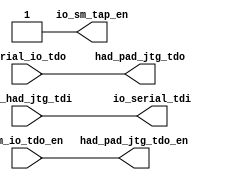
/*Copyright 2019-2021 T-Head Semiconductor Co., Ltd.

Licensed under the Apache License, Version 2.0 (the "License");
you may not use this file except in compliance with the License.
You may obtain a copy of the License at

    http://www.apache.org/licenses/LICENSE-2.0

Unless required by applicable law or agreed to in writing, software
distributed under the License is distributed on an "AS IS" BASIS,
WITHOUT WARRANTIES OR CONDITIONS OF ANY KIND, either express or implied.
See the License for the specific language governing permissions and
limitations under the License.
*/

// &ModuleBeg; @23
module ct_had_io(
  had_pad_jtg_tdo,
  had_pad_jtg_tdo_en,
  io_serial_tdi,
  io_sm_tap_en,
  pad_had_jtg_tdi,
  serial_io_tdo,
  sm_io_tdo_en
);

// &Ports; @24
input        pad_had_jtg_tdi;   
input        serial_io_tdo;     
input        sm_io_tdo_en;      
output       had_pad_jtg_tdo;   
output       had_pad_jtg_tdo_en; 
output       io_serial_tdi;     
output       io_sm_tap_en;      

// &Regs; @25

// &Wires; @26
wire         had_pad_jtg_tdo;   
wire         had_pad_jtg_tdo_en; 
wire         io_serial_tdi;     
wire         io_sm_tap_en;      
wire         pad_had_jtg_tdi;   
wire         serial_io_tdo;     
wire         sm_io_tdo_en;      


//===============================================================
// JTAG_2 and JTAG_5 interface signals
//===============================================================
//                                |     __
//    pad_had_jtg_tdi ----------->|----|  \
//                                |    |   |----> io_serial_tdi
//  pad_had_jtg_tms_i ----------->|----|__/
//                                |     |
//  pad_had_jtag2_sel ----------->|-----+
//                                |
//    had_pad_jtg_tdo <-----------|--+
//                                |  |----------- serial_io_tdo
//  had_pad_jtg_tms_o <-----------|--+
//                                |
// had_pad_jtg_tdo_en <-----------|-------------- sm_io_tdo_en
//                                |
// had_pad_jtg_tms_oe <-----------|-------------- sm_io_tms_oe
//                                |
//===============================================================
assign io_serial_tdi = pad_had_jtg_tdi;
assign had_pad_jtg_tdo = serial_io_tdo;
assign had_pad_jtg_tdo_en = sm_io_tdo_en;

assign io_sm_tap_en = 1'b1;



// &ModuleEnd; @77
endmodule